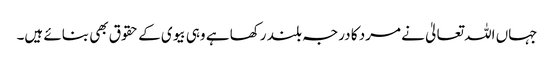
جہاں اللہ تعالیٰ نے مرد کا درجہ بلند رکھا ہے وہی بیوی کے حقوق بھی بنائے ہیں۔